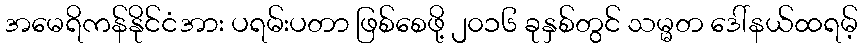
အမေရိကန်နိုင်ငံအား ပရမ်းပတာ ဖြစ်စေဖို့ ၂၀၁၆ ခုနှစ်တွင် သမ္မတ ဒေါ်နယ်ထရမ့်